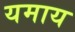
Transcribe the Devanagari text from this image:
यमाय